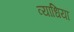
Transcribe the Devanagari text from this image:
व्‍याधियां